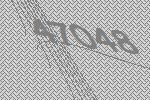
47048